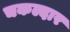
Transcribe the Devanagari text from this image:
चकल्दार